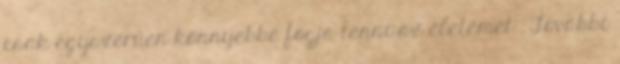
csak egyszerűen könnyebbé fogja tenni az életemet . További